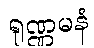
ရုဏ္ဏမနံ